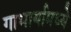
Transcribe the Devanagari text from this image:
गाभार्यामध्ये